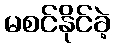
မစင်နိုင်ခဲ့